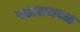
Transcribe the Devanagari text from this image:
पठाराजवळ